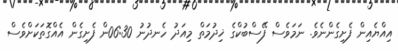
އިއްޔެއިން ފެށިގެންނެވެ. ނަމަވެސް ފޭސްބުކްގެ ޚިދުމަތް މިއަދު ހެނދުނު 06:30ން ފެށިގެން އެއްގޮތަކަށްވެސް